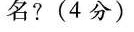
名?(4分）